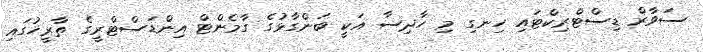
ސަވާރް ޑިސްޓްރިކްޓައި ހިނގި މި ހާދިސާ އަކީ ބަންގާޅުގެ ގާމެންޓް އިންޑަސްޓްރީގެ ތާރީޚުގައި